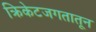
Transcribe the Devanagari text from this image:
क्रिकेटजगतातून